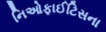
નિઓફાઈટિસના